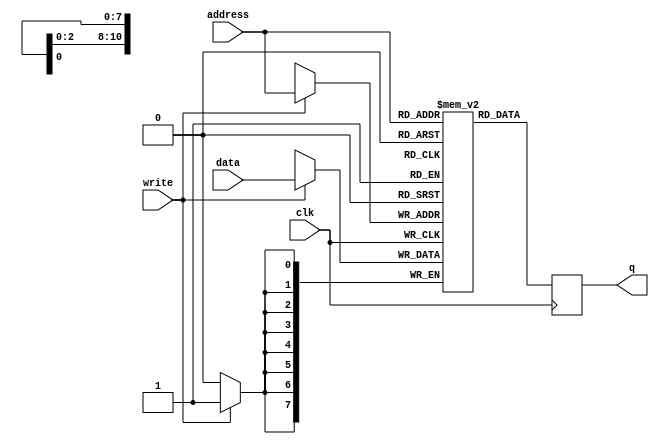
`timescale 1ns / 1ps
//////////////////////////////////////////////////////////////////////////////////
// Company: 
// Engineer: 
// 
// Design Name: 
// Module Name: Sound_program_rom
// Project Name: 
// Target Devices: 
// Tool Versions: 
// Description: 
// 
// Dependencies: 
// 
// Revision:
// Revision 0.01 - File Created
// Additional Comments:
// 
//////////////////////////////////////////////////////////////////////////////////


module CPU_RAM(
    input               clk,
    input       [10:0]  address,
    input  		    		write,
    input  		 [7:0]   data,
    output reg  [7:0]   q
    );
    
 reg [7:0] CPU_RAM_MEM [2047:0];

integer k;
initial
begin
for (k = 0; k < 2048; k = k + 1)
begin
    CPU_RAM_MEM[k] = 'b0;
//    mem[k+1] = 8'b11011101;
end
end
always @(posedge clk) begin
    if (write) CPU_RAM_MEM[address] <= data;
    q <= CPU_RAM_MEM[address];
end
    
    
endmodule